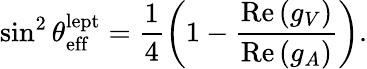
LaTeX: \sin^{2}\theta_{\mathrm{eff}}^{\mathrm{lept}}=\frac{1}{4}\left(1-\frac{\mathrm{Re}\, (g_{V})}{\mathrm{Re}\, (g_{A})}\right).